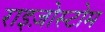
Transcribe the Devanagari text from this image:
राइज़ोस्टोम